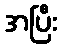
အပြီး